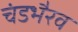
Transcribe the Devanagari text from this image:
चंडभैरव